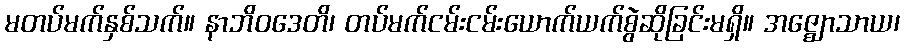
မတပ်မက်နှစ်သက်။ နာဘိဝဒေတိ၊ တပ်မက်ငမ်းငမ်းယောက်ယက်စွဲဆိုခြင်းမရှိ။ အဇ္ဈောသာယ၊